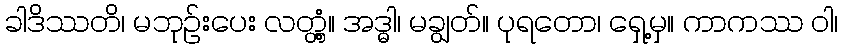
ခါဒိဿတိ၊ မဘုဉ်းပေး လတ္တံ့။ အဒ္ဓါ၊ မချွတ်။ ပုရတော၊ ရှေ့မှ။ ကာကဿ ဝါ၊